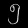
Digit: ၅